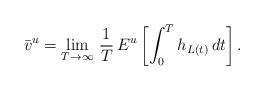
LaTeX: \begin{align*}\bar{v}^u = \lim_{T \to \infty} \, \frac{1}{T} \, E^u\left[\int_0^T h_{L(t)} \, dt\right].\end{align*}